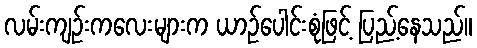
လမ်းကျဉ်းကလေးများက ယာဉ်ပေါင်းစုံဖြင့် ပြည့်နေသည်။